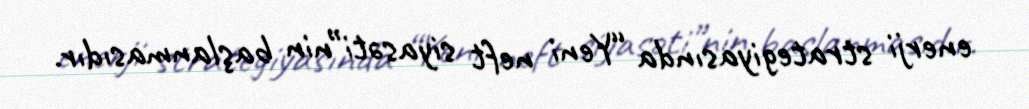
enerji strategiyasında “Yeni neft siyasəti”nin başlanmasıdır.